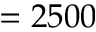
= 2 5 0 0